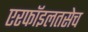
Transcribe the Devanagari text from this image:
एरफॉइलतसेच